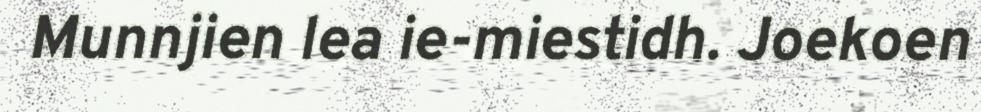
Munnjien lea ie-miestidh. Joekoen